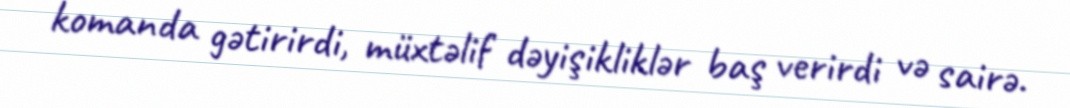
komanda gətirirdi, müxtəlif dəyişikliklər baş verirdi və sairə.